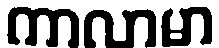
ကာလာမာ